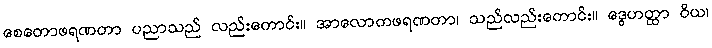
စေတောဖရဏတာ ပညာသည် လည်းကောင်း။ အာလောကဖရဏတာ၊ သည်လည်းကောင်း။ ဒွေဟတ္ထာ ဝိယ၊